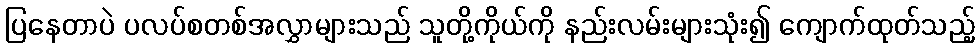
ပြနေတာပဲ ပလပ်စတစ်အလွှာများသည် သူတို့ကိုယ်ကို နည်းလမ်းများသုံး၍ ကျောက်ထုတ်သည့်